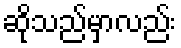
ဆိုသည်မှာလည်း